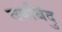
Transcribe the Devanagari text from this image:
वषबिंदु